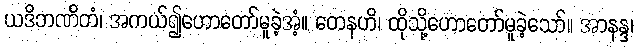
ယဒိဘဏိတံ၊ အကယ်၍ဟောတော်မူခဲ့အံ့။ တေနဟိ၊ ထိုသို့ဟောတော်မူခဲ့သော်။ အာနန္ဒ၊